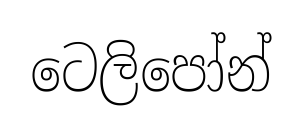
ටෙලිපෝන්